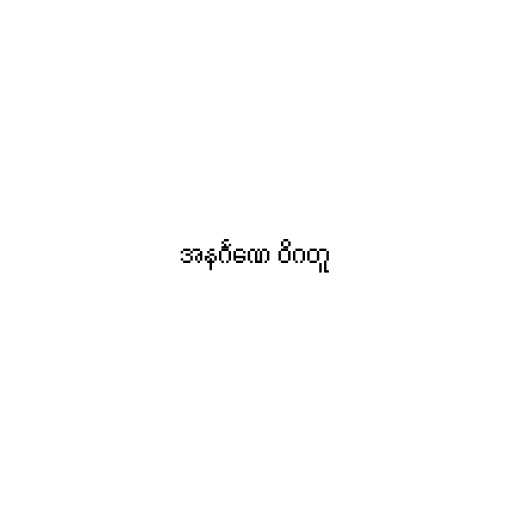
အနင်္ဂဏေ ဝိဂတူ